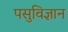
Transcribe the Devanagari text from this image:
पसुविज्ञान